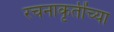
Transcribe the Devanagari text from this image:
रचनाकृतींच्या